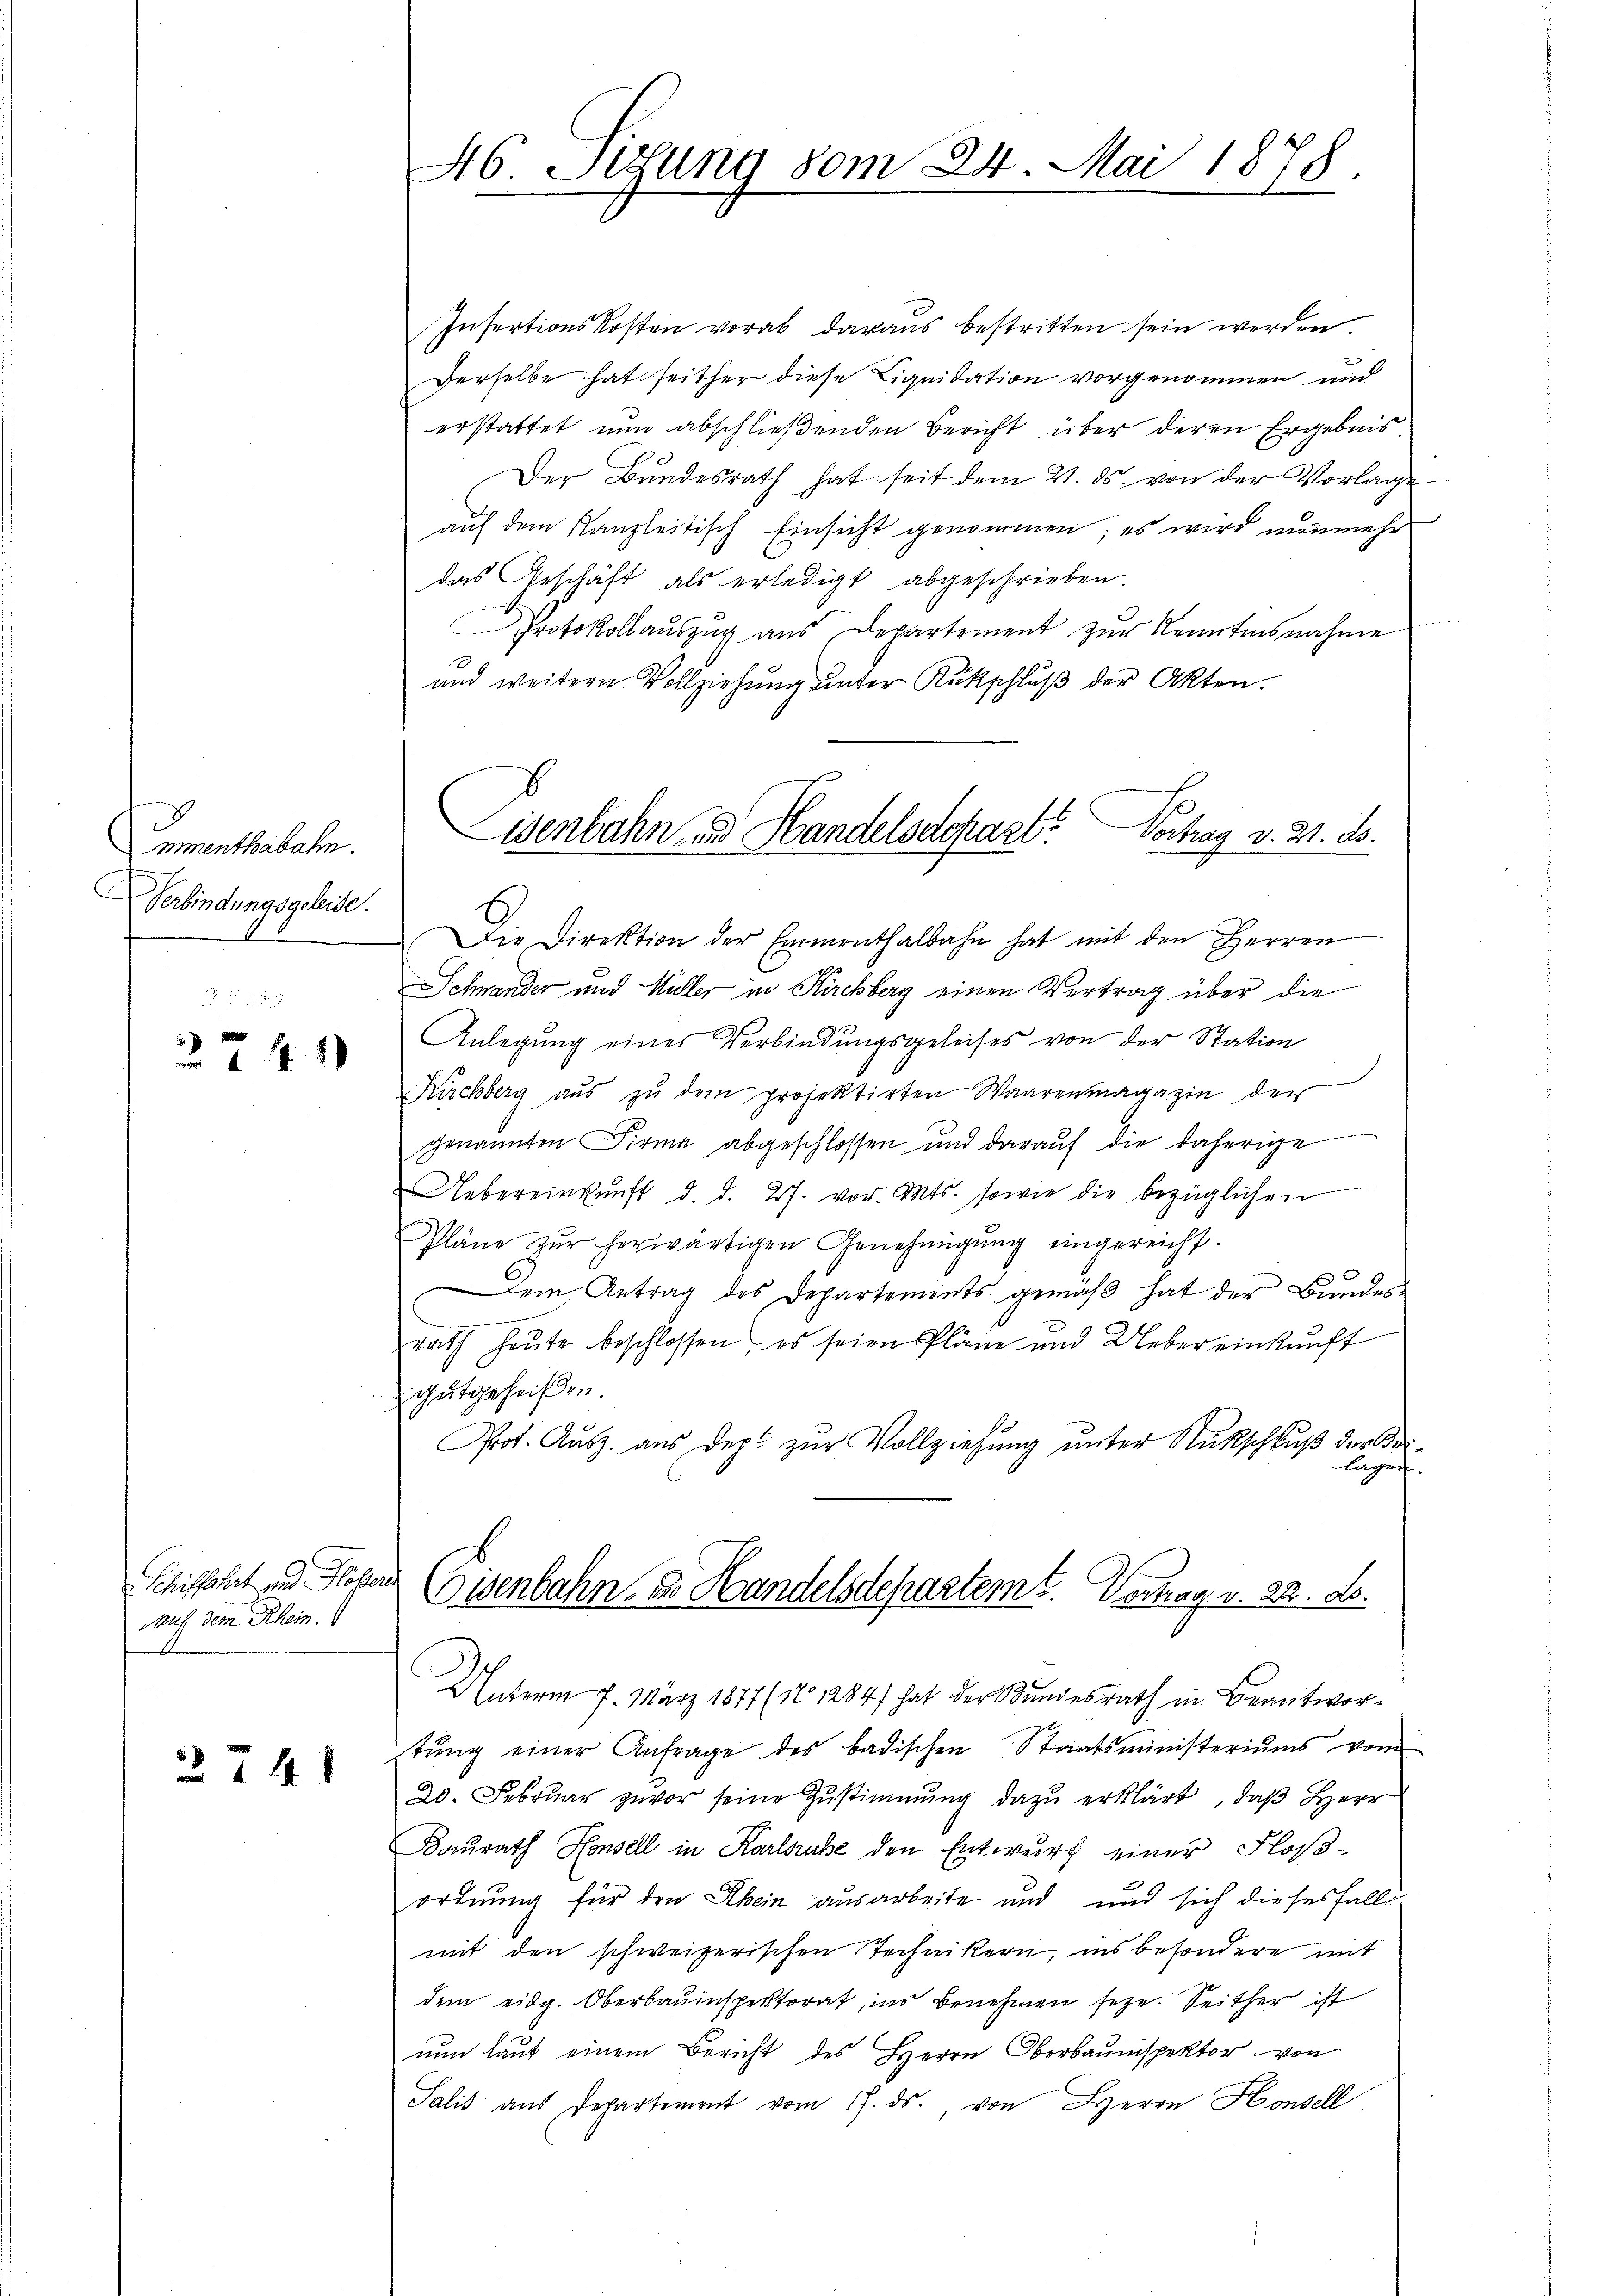
.
mnenthabahn.
Verbindungsgeleide.

44

Schiffahrt und Hof
auf dem Rhein.

14 x

46 Sizung vom 24. Mai 1878.

Insertionskosten vorab daraus bestritten sein werden
Derselbe hat seither diese Liquidation vorgenommen und
erstattet nun abschließenden Bericht über deren Ergebnis
Der Bundesrath hat seit dem 2. ds. von der Vorlage
auf dem Kanzleitisch Einsicht genommen; es wird nunmehr
das Geschäft als erledigt abgeschrieben
Protokollauszug aus Departement zur Kenntnisnahme
und weitern Vollziehŭng ŭnter Rückschlŭβ der Akten.
Die Direktion der Emmenthalbahn hat mit den Herren
Schnander und Müller in Kirchberg einen Vertrag über die
Anlegung eines Verbindungsgeleises von der Station
Kirchberg aŭs zŭ dem projektirten Waarenmagazin der
genannten Firma abgeschlossen und darauf die daherige
Uebereinkunft d. d. 27. vor. Mts. sowie die bezüglichen
Pläne zŭr herwärtigen Genehmigŭng eingereicht.
3
Dem Antrag des Departements gemäß hat der Bundes
rath heute beschlossen, es seien Pläne und Uebereinkunft
gutgeheißen.
Prot. Ausz. aus dept zur Vollziehung unter Rückschluß der Urilagen.
auf
Eisenbahn, zu Handelsdeparteme. Vertrag v. 22. ds.
Unterm 7. März 1877 (10 1284) hat der Kundesrath in Beantwor-
tŭng einer Anfrage des badischen Staatsministeriums vom
20. Febrŭar zuvor seine Zŭstimmung dazŭ erklärt, daβ Herr
Baurath Housell in Karlsruhe den Entwurf einer Floß-
ordnung für den Rhein ausarbeite und und sich dieses fall
mit den schweizerischen Technikern, ins besondere mit
dem eidg. Oberbauinspektorat, ins Benehmen seye. Seither ist
nun laut einem Bericht des Herrn Oberbauinspektor von
Salis aus Departement vom 17. ds. von Herrn Housel

Eisenbahn zu Handelsdepart
Vortrag v. M. D.